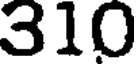
310